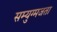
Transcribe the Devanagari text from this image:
सम्युग्मजता